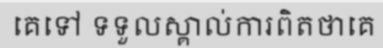
គេទៅ ទទួលស្គាល់ការពិតថាគេ